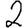
Digit: 2